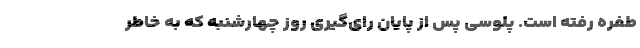
طفره رفته است. پلوسی پس از پایان رای‌گیری روز چهارشنبه که به خاطر